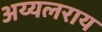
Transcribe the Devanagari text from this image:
अय्यलराय